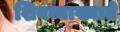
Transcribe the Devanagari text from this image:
शिवव्याख्याते